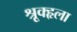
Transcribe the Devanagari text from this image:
श्रूृृक्हृला